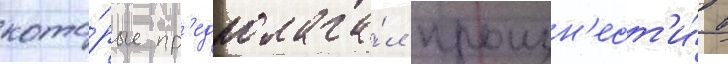
кото́рые пр'едполага́л произн'ест'и́ в